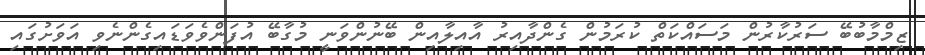
ޒިމްމާބުބޭ ސަރުކާރުން މަސައްކަތް ކުރަމުން ގެންދާއިރު އާއިލާއިން ބޭނުންވަނީ މުގާބޭ އުފަންވެވަޑައިގެންނެވި އަވަށުގައި